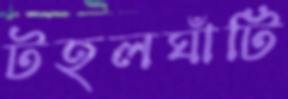
টহলঘাঁটি